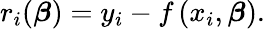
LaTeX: r_{i}({\boldsymbol{\beta}})=y_{i}-f\left(x_{i},{\boldsymbol{\beta}}\right).